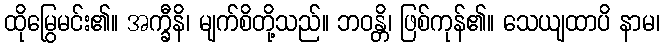
ထိုမြွေမင်း၏။ အက္ခီနိ၊ မျက်စိတို့သည်။ ဘဝန္တိ၊ ဖြစ်ကုန်၏။ သေယျထာပိ နာမ၊